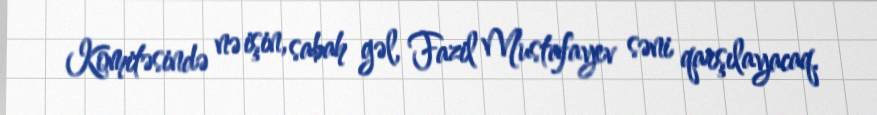
Komitəsində nə işin, sabah gəl, Fazil Mustafayev səni qarşılayacaq.